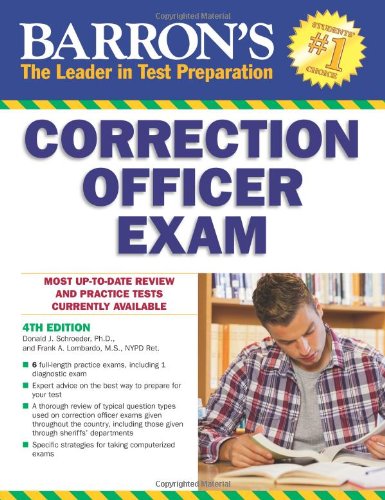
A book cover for Barron's Correction Officer Exam, 4th Edition; Donald J. Schroeder Ph.D.; Test Preparation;